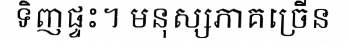
ទិញផ្ទះ។ មនុស្សភាគច្រើន